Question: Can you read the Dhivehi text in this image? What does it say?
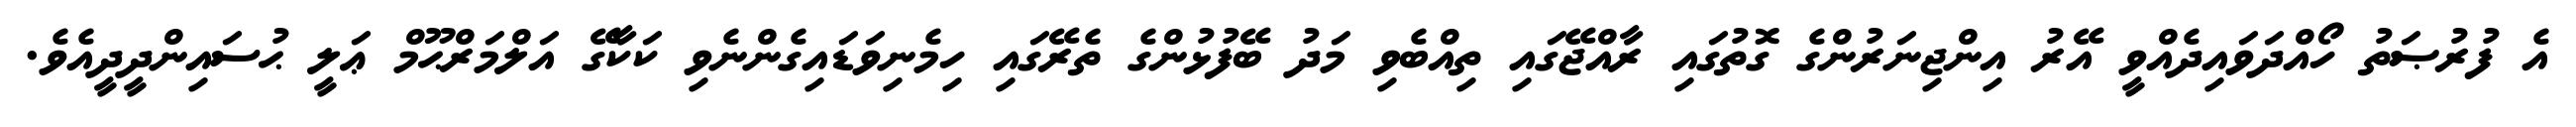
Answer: އެ ފުރުޞަތު ހޯއްދަވައިދެއްވީ އޭރު އިންޖިނަރުންގެ ގޮތުގައި ރާއްޖޭގައި ތިއްބެވި މަދު ބޭފުޅުންގެ ތެރޭގައި ހިމެނިވަޑައިގެންނެވި ކަކާގޭ އަލްމަރްޙޫމް ޢަލީ ޙުސައިންދީދީއެވެ.